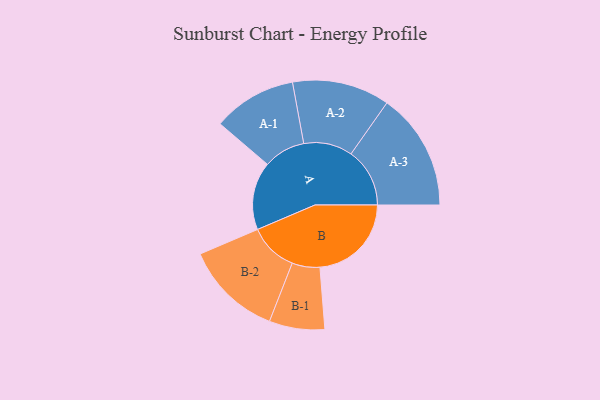
{"axis": {"x": "Segment", "y": "Value"}, "legend": ["", "A", "B"], "data": [{"x": "A", "y": 314, "type": ""}, {"x": "B", "y": 422, "type": ""}, {"x": "A-1", "y": 193, "type": "A"}, {"x": "A-2", "y": 225, "type": "A"}, {"x": "A-3", "y": 271, "type": "A"}, {"x": "B-1", "y": 128, "type": "B"}, {"x": "B-2", "y": 225, "type": "B"}]}